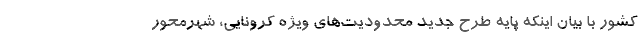
کشور با بیان اینکه پایه طرح جدید محدودیت‌های ویژه کرونایی، شهرمحور